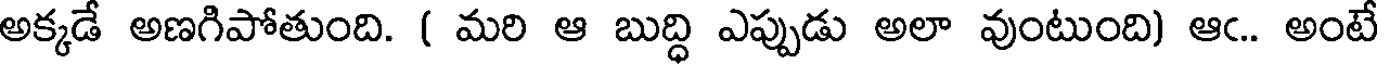
అక్కడే అణగిపోతుంది. ( మరి ఆ బుద్ధి ఎప్పుడు అలా వుంటుంది) ఆఁ.. అంటే